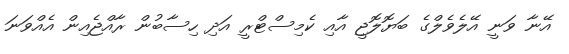
އޭނާ ވަނީ އޭލެވެލްގެ ބަޔޮލޮޖީ އާއި ކެމިސްޓްރީ އަދި ހިސާބުން ރާއްޖެއިން އެއްވަނަ